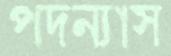
পদন্যাস